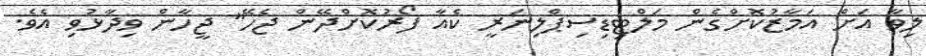
ލިވާ އަށް އަމާޒުކޮށްގެން މަލްޓިޑިސިޕްލިނަރީ ކެއާ ފޯރުކޮށްދޭން ޖެހޭ" ޖީހާން ވިދާޅުވި އެވެ.